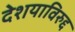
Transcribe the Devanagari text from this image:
देशयाविरुद्द